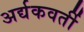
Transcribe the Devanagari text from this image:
अर्द्यकवर्ती